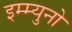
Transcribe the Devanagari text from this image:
इम्म्युनो